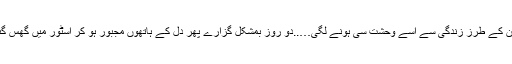
‘‘ ان کے طرز زندگی سے اسے وحشت سی ہونے لگی…..دو روز بمشکل گزارے پھر دل کے ہاتھوں مجبور ہو کر اسٹور میں گھس گئی۔